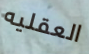
العقليه